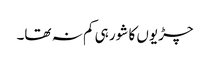
چڑیوں کا شور ہی کم نہ تھا۔